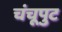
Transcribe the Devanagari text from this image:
चंचूपुट